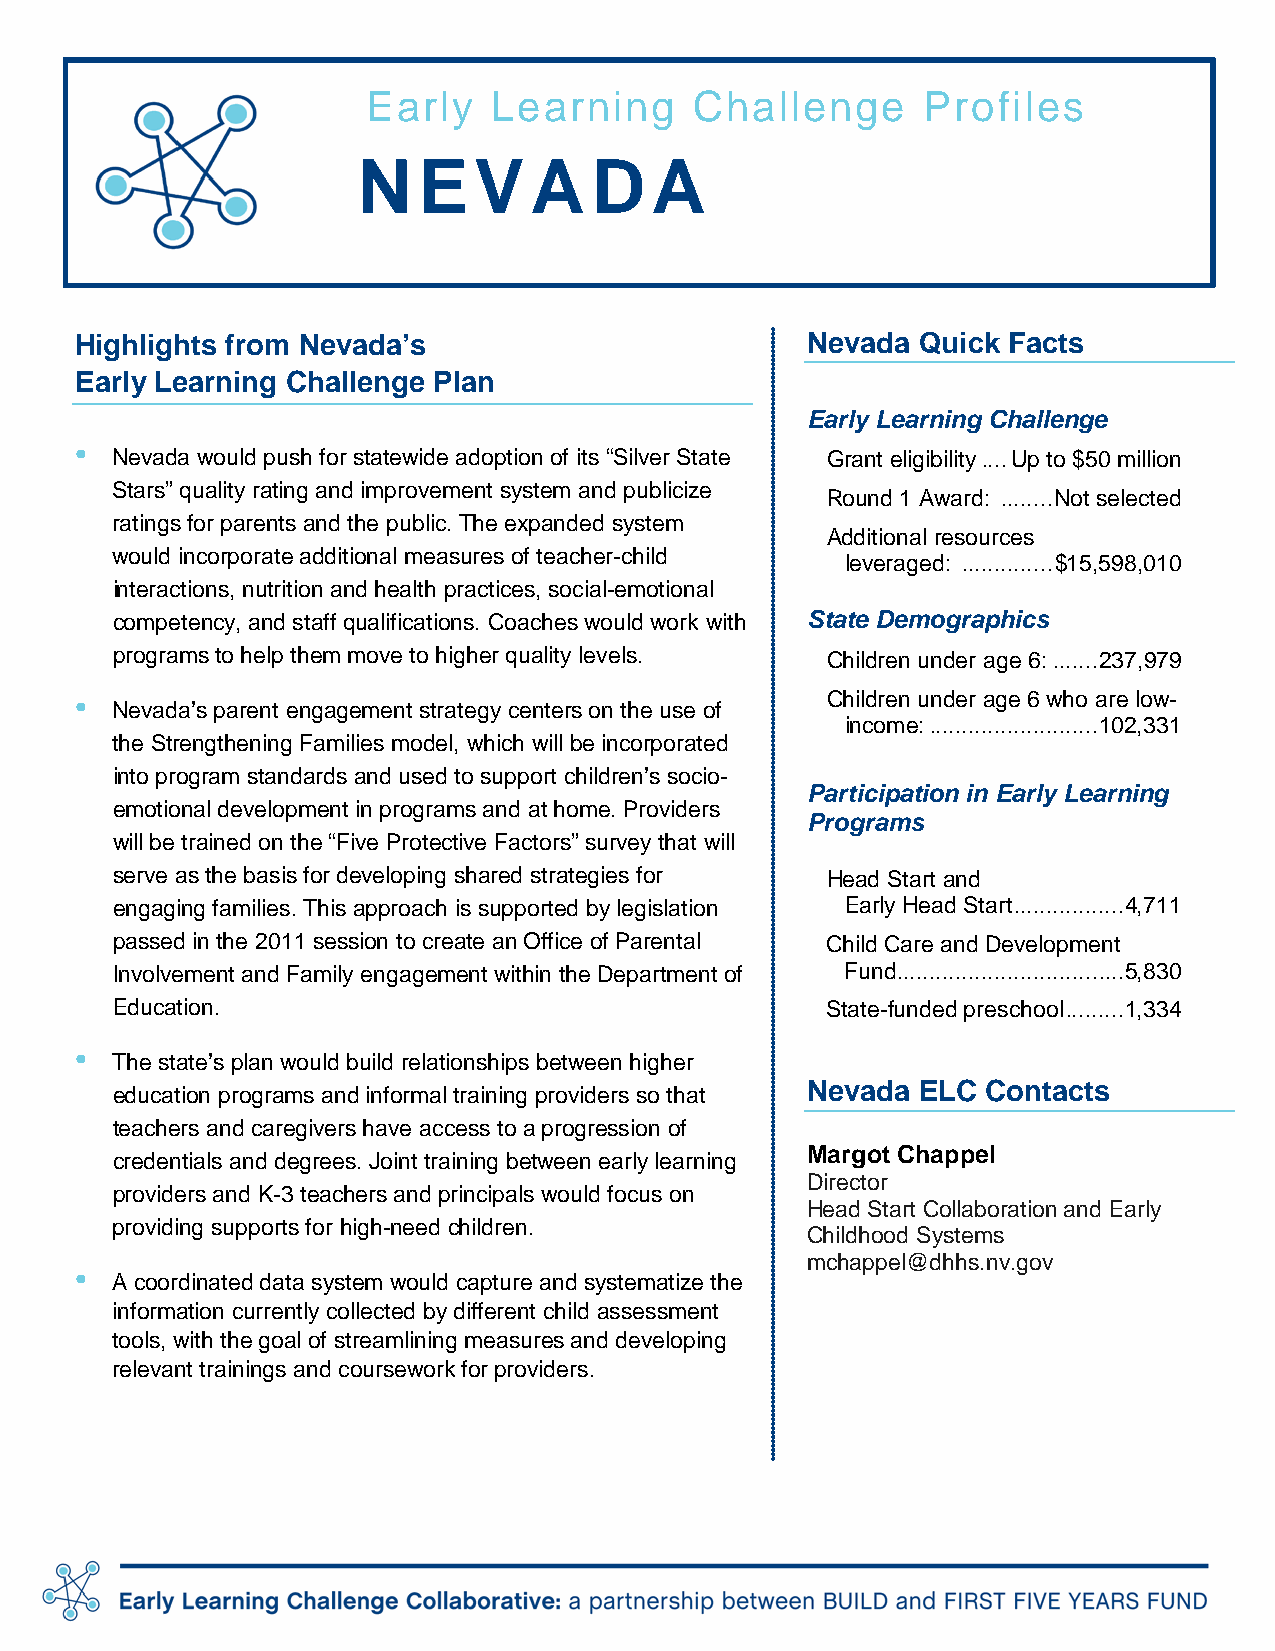
Early    Learning     Challenge      Profiles
 N   EVA        D   A
 Highlights from Nevada’s                        Nevada  Quick Facts
 Early Learning Challenge Plan
 Early Learning Challenge
 •
 Nevada would push for statewide adoption of its “Silver State Grant eligibility .... Up to $50 million
 Stars” quality rating and improvement system and publicize
 Round 1 Award: ........ Not selected
 ratings for parents and the public. The expanded system
 Additional resources
 would incorporate additional measures of teacher-child
 leveraged: .............. $15,598,010
 interactions, nutrition and health practices, social-emotional
 competency, and staff qualifications. Coaches would work with State Demographics
 programs to help them move to higher quality levels. Children under age 6: ....... 237,979
 •                                                 Children under age 6 who are low-
 Nevada’s parent engagement strategy centers on the use of
 income: .......................... 102,331
 the Strengthening Families model, which will be incorporated
 into program standards and used to support children’s socio-
 Participation in Early Learning
 emotional development in programs and at home. Providers
 Programs
 will be trained on the “Five Protective Factors” survey that will
 serve as the basis for developing shared strategies for Head Start and
 engaging families. This approach is supported by legislation Early Head Start ................. 4,711
 passed in the 2011 session to create an Office of Parental Child Care and Development
 Involvement and Family engagement within the Department of Fund ................................... 5,830
 Education.                                      State-funded preschool ......... 1,334
 •
 The state’s plan would build relationships between higher
 education programs and informal training providers so that Nevada ELC Contacts
 teachers and caregivers have access to a progression of
 credentials and degrees. Joint training between early learning Margot Chappel
 Director
 providers and K-3 teachers and principals would focus on
 Head Start Collaboration and Early
 providing supports for high-need children.
 Childhood Systems
 mchappel@dhhs.nv.gov
 •
 A coordinated data system would capture and systematize the
 information currently collected by different child assessment
 tools, with the goal of streamlining measures and developing
 relevant trainings and coursework for providers.